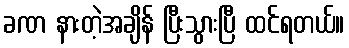
ခဏ နားတဲ့အချိန် ပြီးသွားပြီ ထင်ရတယ်။